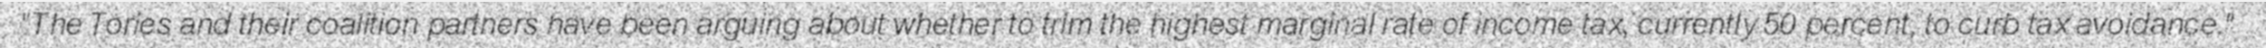
"The Tories and their coalition partners have been arguing about whether to trim the highest marginal rate of income tax, currently 50 percent, to curb tax avoidance."